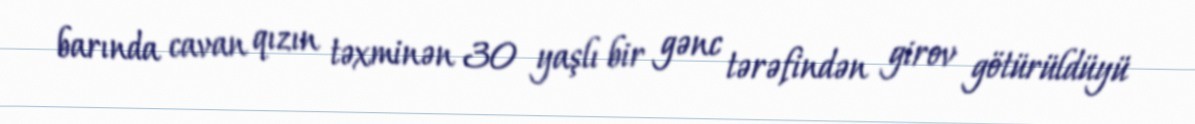
barında cavan qızın təxminən 30 yaşlı bir gənc tərəfindən girov götürüldüyü